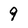
Character: 9